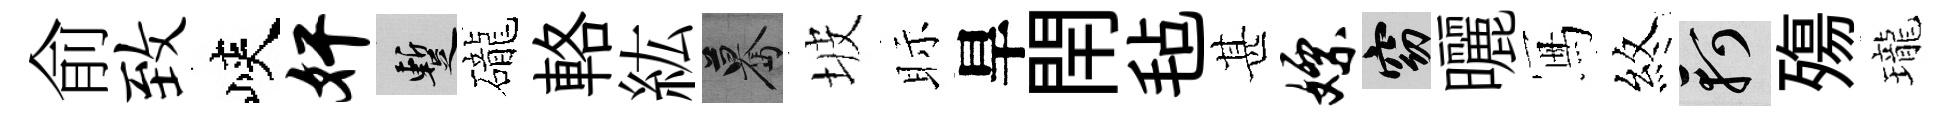
俞致峽奸暫礲輅紘驀坡眎旱閈毡甚嫖窈曬冩煞軻殤瓏